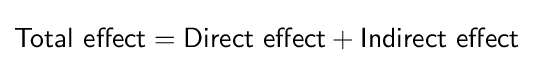
{\mathsf {Total\ effect=Direct\ effect+Indirect\ effect}}